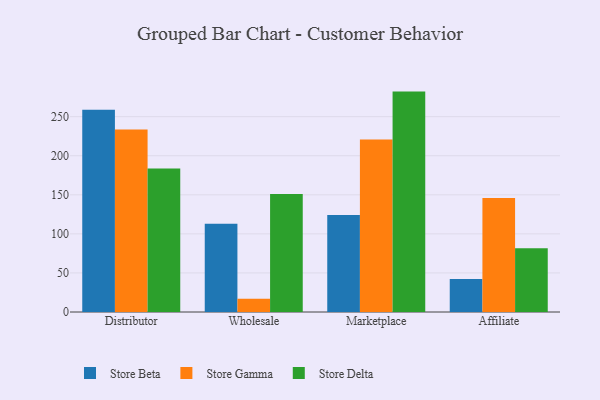
{"axis": {"x": "Channel", "y": "Market Share (%)"}, "legend": ["Store Beta", "Store Delta", "Store Gamma"], "data": [{"x": "Distributor", "y": 259.0, "type": "Store Beta"}, {"x": "Distributor", "y": 233.7, "type": "Store Gamma"}, {"x": "Distributor", "y": 183.7, "type": "Store Delta"}, {"x": "Wholesale", "y": 112.9, "type": "Store Beta"}, {"x": "Wholesale", "y": 16.9, "type": "Store Gamma"}, {"x": "Wholesale", "y": 150.9, "type": "Store Delta"}, {"x": "Marketplace", "y": 124.1, "type": "Store Beta"}, {"x": "Marketplace", "y": 220.8, "type": "Store Gamma"}, {"x": "Marketplace", "y": 282.1, "type": "Store Delta"}, {"x": "Affiliate", "y": 42.1, "type": "Store Beta"}, {"x": "Affiliate", "y": 145.8, "type": "Store Gamma"}, {"x": "Affiliate", "y": 81.7, "type": "Store Delta"}]}